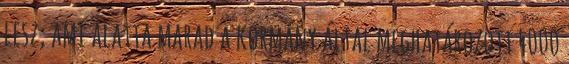
lesz, ami alatta marad a kormány által meghatározott 4000